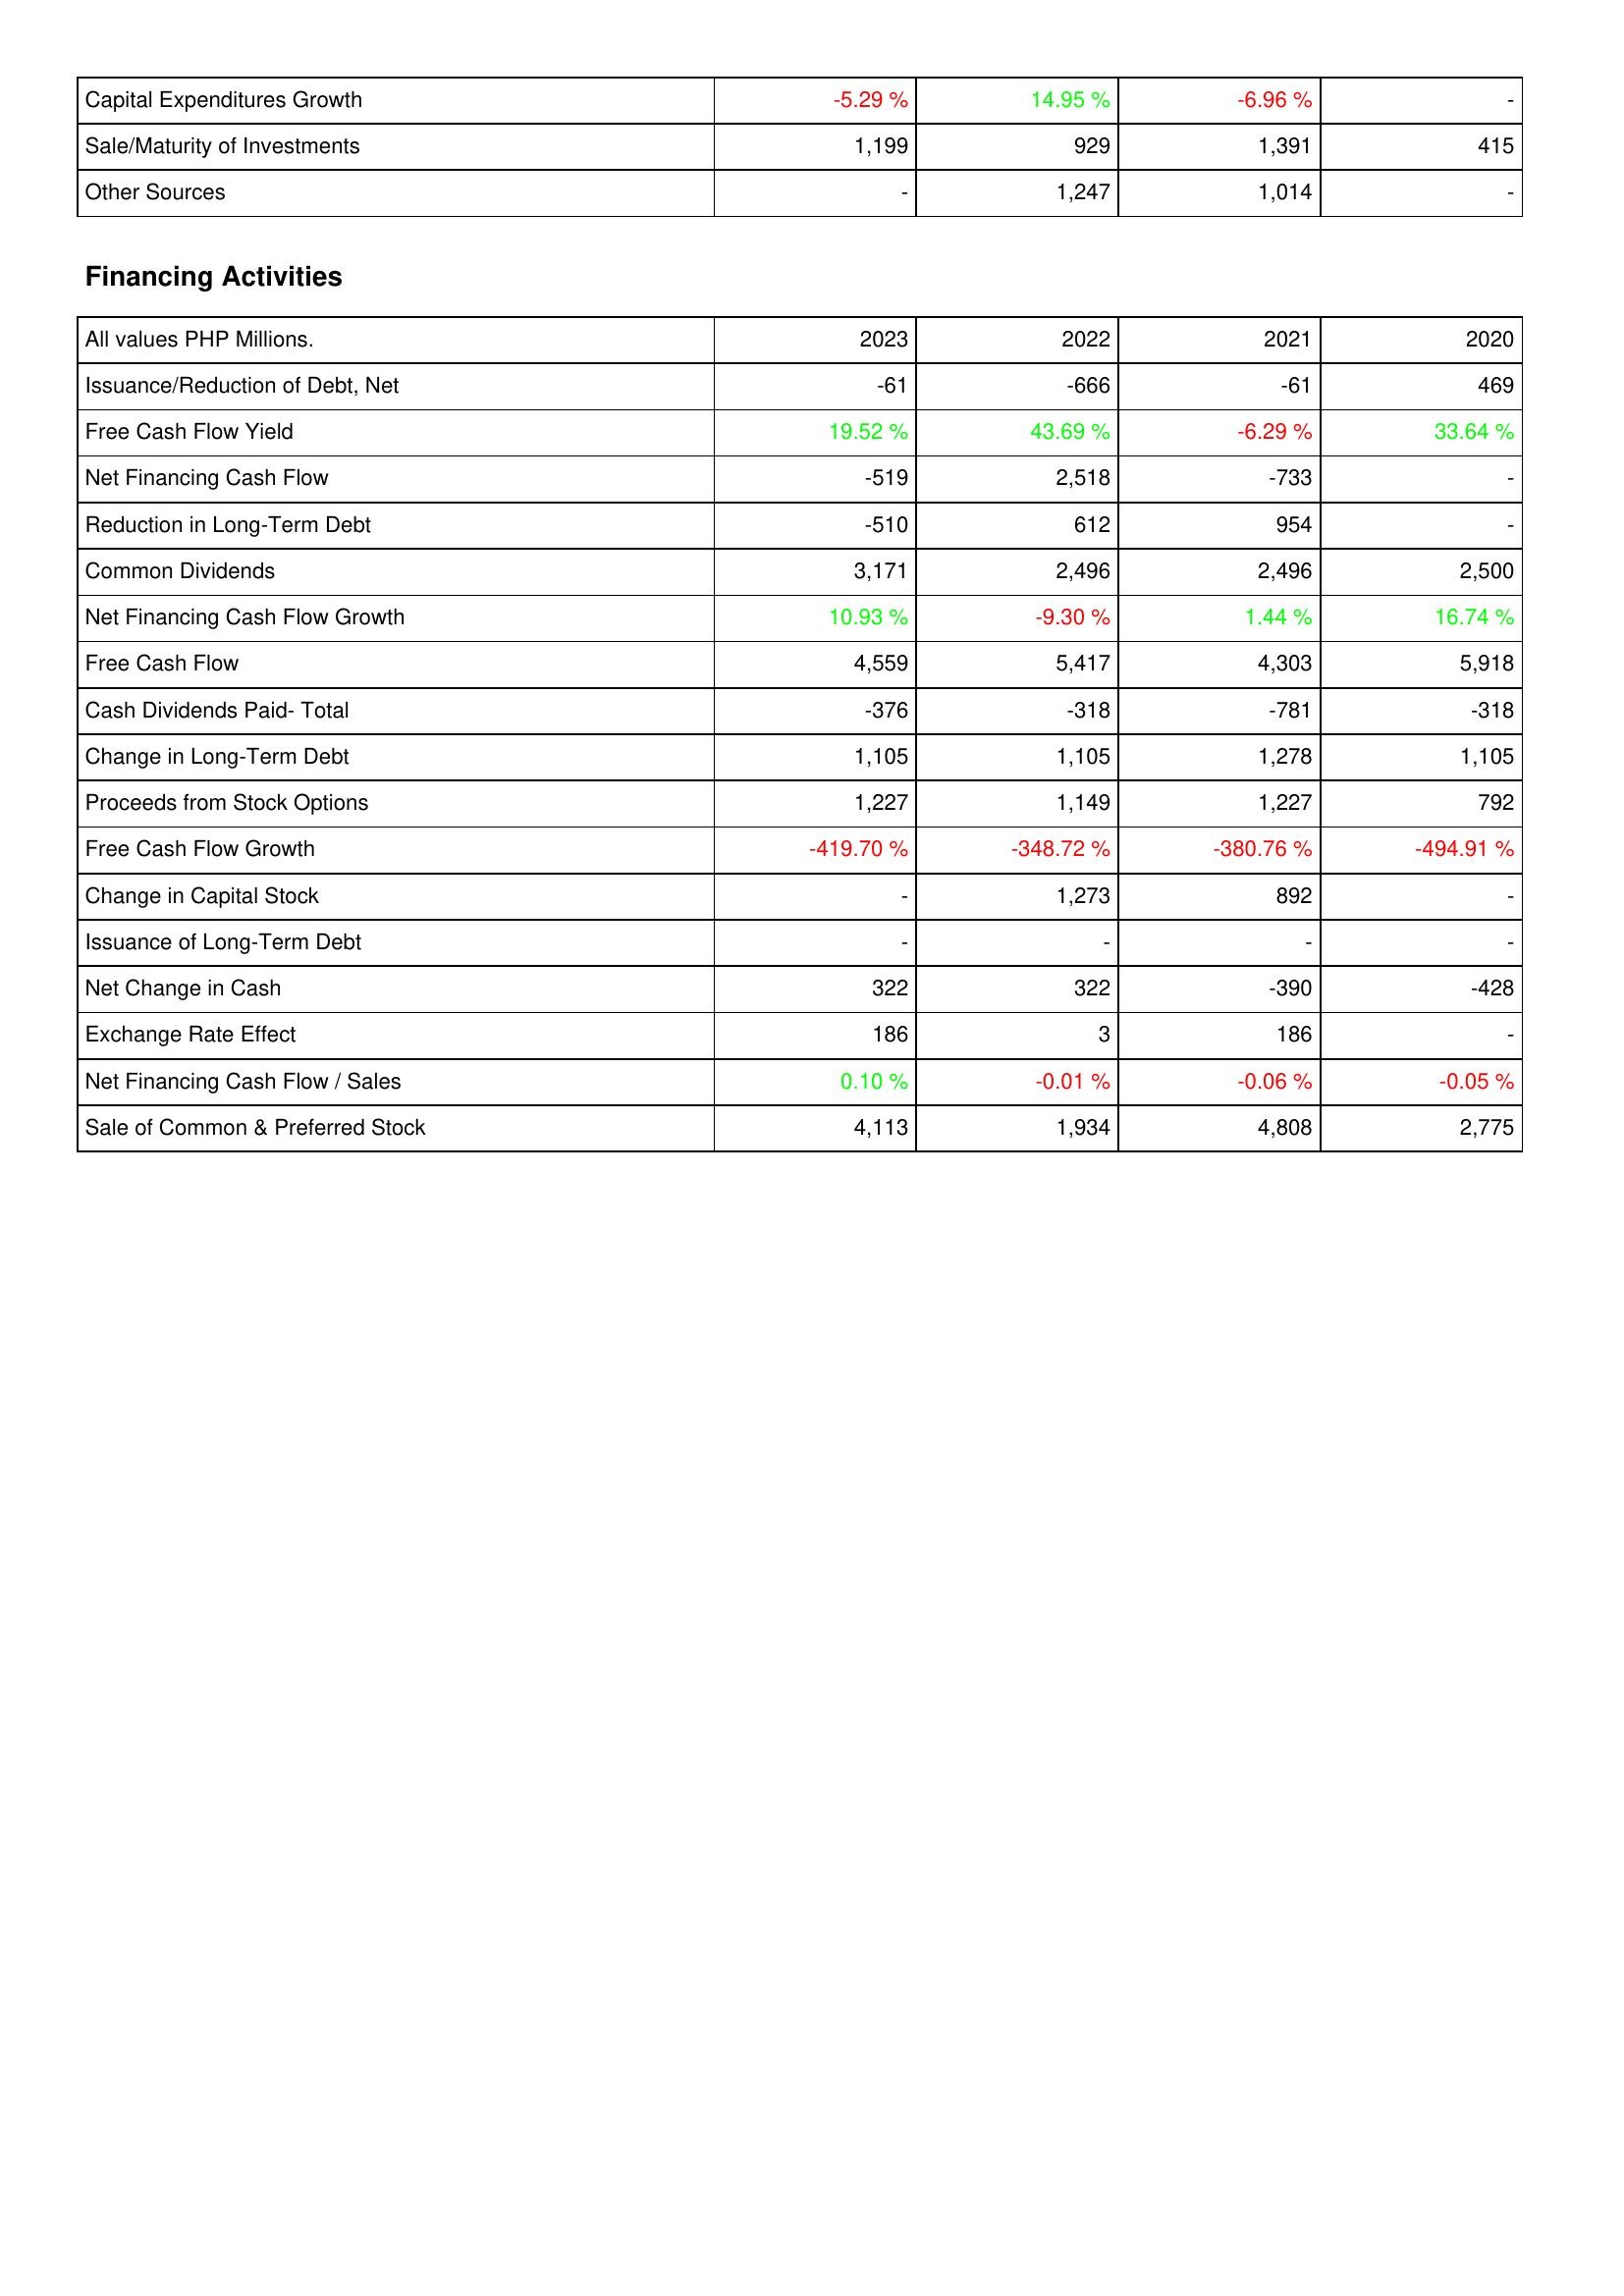
2023: Investing Activities: Capital Expenditures Growth: -5.29 %
Sale/Maturity of Investments: 1,199
Other Sources: -
Financing Activities: Issuance/Reduction of Debt, Net: -61
Free Cash Flow Yield: 19.52 %
Net Financing Cash Flow: -519
Reduction in Long-Term Debt: -510
Common Dividends: 3,171
Net Financing Cash Flow Growth: 10.93 %
Free Cash Flow: 4,559
Cash Dividends Paid- Total: -376
Change in Long-Term Debt: 1,105
Proceeds from Stock Options: 1,227
Free Cash Flow Growth: -419.70 %
Change in Capital Stock: -
Issuance of Long-Term Debt: -
Net Change in Cash: 322
Exchange Rate Effect: 186
Net Financing Cash Flow / Sales: 0.10 %
Sale of Common & Preferred Stock: 4,113
2022: Investing Activities: Capital Expenditures Growth: 14.95 %
Sale/Maturity of Investments: 929
Other Sources: 1,247
Financing Activities: Issuance/Reduction of Debt, Net: -666
Free Cash Flow Yield: 43.69 %
Net Financing Cash Flow: 2,518
Reduction in Long-Term Debt: 612
Common Dividends: 2,496
Net Financing Cash Flow Growth: -9.30 %
Free Cash Flow: 5,417
Cash Dividends Paid- Total: -318
Change in Long-Term Debt: 1,105
Proceeds from Stock Options: 1,149
Free Cash Flow Growth: -348.72 %
Change in Capital Stock: 1,273
Issuance of Long-Term Debt: -
Net Change in Cash: 322
Exchange Rate Effect: 3
Net Financing Cash Flow / Sales: -0.01 %
Sale of Common & Preferred Stock: 1,934
2021: Investing Activities: Capital Expenditures Growth: -6.96 %
Sale/Maturity of Investments: 1,391
Other Sources: 1,014
Financing Activities: Issuance/Reduction of Debt, Net: -61
Free Cash Flow Yield: -6.29 %
Net Financing Cash Flow: -733
Reduction in Long-Term Debt: 954
Common Dividends: 2,496
Net Financing Cash Flow Growth: 1.44 %
Free Cash Flow: 4,303
Cash Dividends Paid- Total: -781
Change in Long-Term Debt: 1,278
Proceeds from Stock Options: 1,227
Free Cash Flow Growth: -380.76 %
Change in Capital Stock: 892
Issuance of Long-Term Debt: -
Net Change in Cash: -390
Exchange Rate Effect: 186
Net Financing Cash Flow / Sales: -0.06 %
Sale of Common & Preferred Stock: 4,808
2020: Investing Activities: Capital Expenditures Growth: -
Sale/Maturity of Investments: 415
Other Sources: -
Financing Activities: Issuance/Reduction of Debt, Net: 469
Free Cash Flow Yield: 33.64 %
Net Financing Cash Flow: -
Reduction in Long-Term Debt: -
Common Dividends: 2,500
Net Financing Cash Flow Growth: 16.74 %
Free Cash Flow: 5,918
Cash Dividends Paid- Total: -318
Change in Long-Term Debt: 1,105
Proceeds from Stock Options: 792
Free Cash Flow Growth: -494.91 %
Change in Capital Stock: -
Issuance of Long-Term Debt: -
Net Change in Cash: -428
Exchange Rate Effect: -
Net Financing Cash Flow / Sales: -0.05 %
Sale of Common & Preferred Stock: 2,775